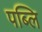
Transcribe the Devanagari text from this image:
पब्लि